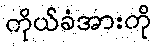
ကိုယ်ခံအားကို